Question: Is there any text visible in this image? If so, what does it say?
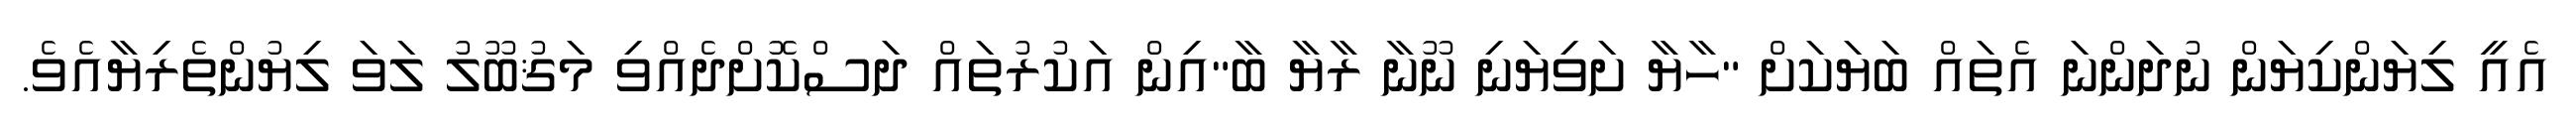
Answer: އެއީ ލިޔަންކިޔަން ނުދަންނަ އެތައް ބަޔަކަށް "ހާޔާ ށަވިޔަނި ނޫނާ ރާޔާ ބާ"އިން އަކުރުތައް ދަސްކޮށްދެއްވި މަޤުބޫލު ލަވަ ލިޔުންތެރިޔާއެވެ.